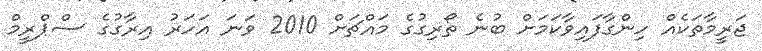
ޖަރީމާތަކެއް ހިންގާފައިވާކަމަށް ބުނެ ތޯރިގުގެ މައްޗަށް 2010 ވަނަ އަހަރު އިރާގުގެ ސްޕްރީމް